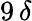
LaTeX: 9\, \delta